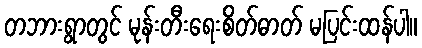
တဘားရွာတွင် မုန်းတီးရေးစိတ်ဓာတ် မပြင်းထန်ပါ။